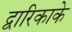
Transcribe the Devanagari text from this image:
द्वारिकाके